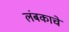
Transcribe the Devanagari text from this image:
लंबकाचे